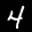
Label: 4